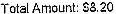
TOTAL AMOUNT: $8.20